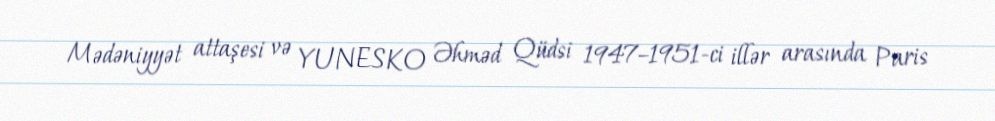
Mədəniyyət attaşesi və YUNESKO Əhməd Qüdsi 1947–1951-ci illər arasında Paris